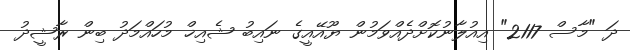
ދަ "މާސް 2117" އިއުލާނުކޮށްދެއްވަމުން ޔޫއޭއީގެ ނައިބު ޝެއިޚް މުހައްމަދު ބިން ރާޝީދު